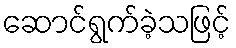
ဆောင်ရွက်ခဲ့သဖြင့်